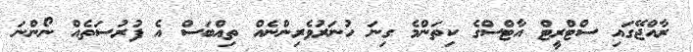
ރާއްޖޭގައި ސްޓްރީޓް އާޓްސްގެ ކިތަންމެ ގިނަ ހުނަރުވެރިންނެއް ތިއްބަސް އެ ފުރުސަތެއް ނޯންނަ